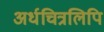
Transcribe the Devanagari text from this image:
अर्धचित्रलिपि